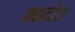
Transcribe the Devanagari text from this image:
फ्र्कटोस